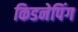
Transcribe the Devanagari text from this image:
किडनेपिंग